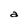
Character: a